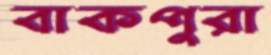
বাকপুরা